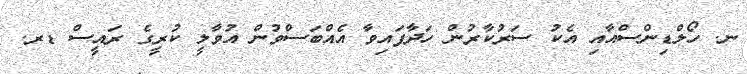
ނ. ހޯލްޑިންސްއާއި އެކު ސަރުކާރުން ހަދާފައިވާ އެއްބަސްވުން އުވާލީ ކުރީގެ ރައީސް ޑރ.